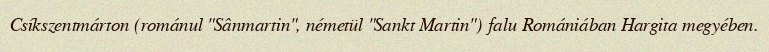
Csíkszentmárton (románul "Sânmartin", németül "Sankt Martin") falu Romániában Hargita megyében.